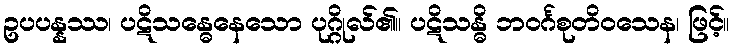
ဥပပန္နဿ၊ ပဋိသန္ဓေနေသော ပုဂ္ဂိုလ်၏။ ပဋိသန္ဓိ ဘဝင်္ဂစုတိဝသေန၊ ဖြင့်။